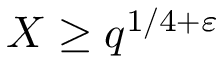
X \geq q ^ { 1 / 4 + \varepsilon }